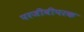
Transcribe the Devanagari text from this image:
परजीवीपरक